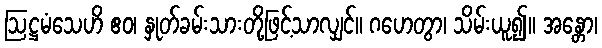
ဩဋ္ဌမံသေဟိ ဧဝ၊ နှုတ်ခမ်းသားတို့ဖြင့်သာလျှင်။ ဂဟေတွာ၊ သိမ်းယူ၍။ အန္တော၊